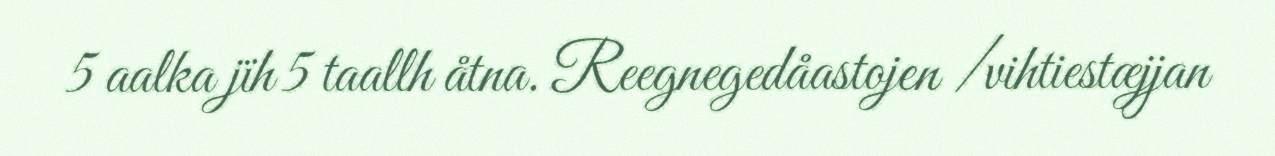
5 aalka jïh 5 taallh åtna. Reegnegedåastojen /vihtiestæjjan